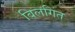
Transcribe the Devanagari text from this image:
बिलगित